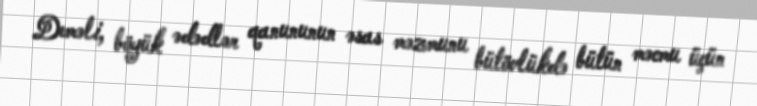
Deməli, böyük ədədlər qanununun əsas məzmunu bütövlükdə bütün məcmu üçün